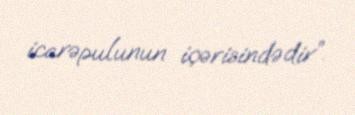
icarəpulunun içərisindədir”.